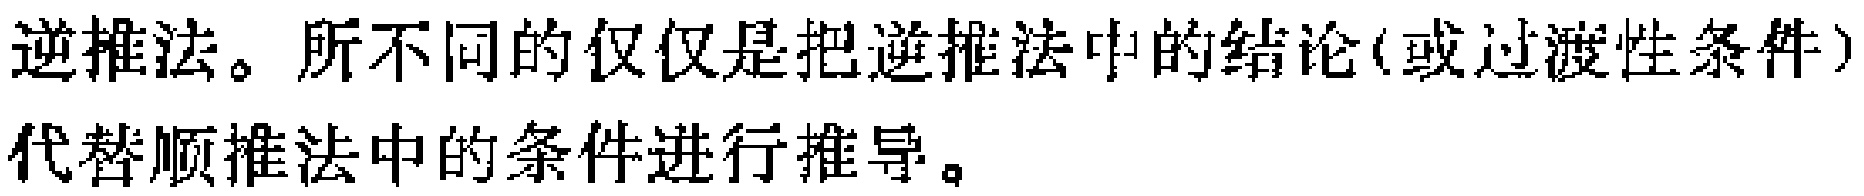
逆推法。所不同的仅仅是把逆推法中的结论(或过渡性条件)代替顺推法中的条件进行推导。